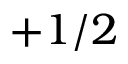
+ 1 / 2